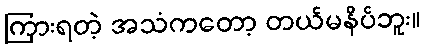
ကြားရတဲ့ အသံကတော့ တယ်မနိပ်ဘူး။